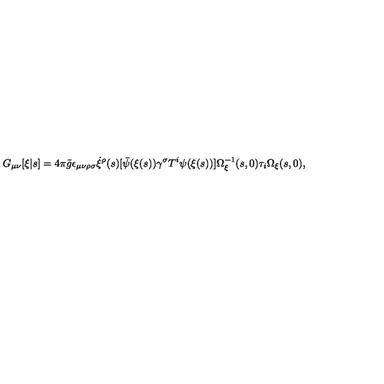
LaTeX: G _ { \mu \nu } [ \xi | s ] = 4 \pi { \tilde { g } } \epsilon _ { \mu \nu \rho \sigma } \dot { \xi } ^ { \rho } ( s ) [ { \bar { \psi } } ( \xi ( s ) ) \gamma ^ { \sigma } T ^ { i } \psi ( \xi ( s ) ) ] \Omega _ { \xi } ^ { - 1 } ( s , 0 ) \tau _ { i } \Omega _ { \xi } ( s , 0 ) ,